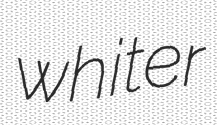
whiter